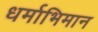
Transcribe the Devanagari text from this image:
धर्माभिमान